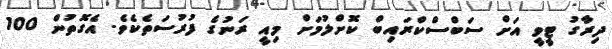
ދިރާގު ޓީވީ އަށް ސަބްސްކްރައިބް ކޮށްލުމަށް މިއީ ރަނުގެ ފުރުސަތެކެވެ. އެގޮތުން 100